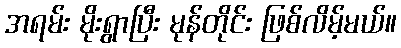
အရမ်း မိုးရွာပြီး မုန်တိုင်း ဖြစ်လိမ့်မယ်။